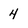
Character: 4